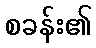
စခန်း၏